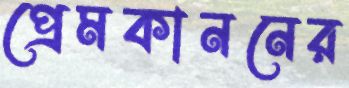
প্রেমকাননের